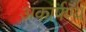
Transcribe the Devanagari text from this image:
अकार्पण्य